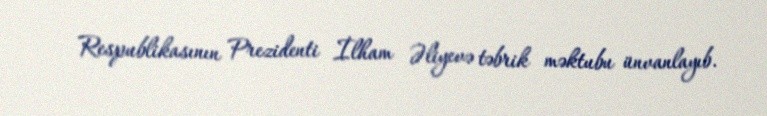
Respublikasının Prezidenti İlham Əliyevə təbrik məktubu ünvanlayıb.